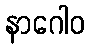
နာဂေါဝ